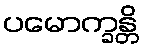
ပမောက္ခန္တိ